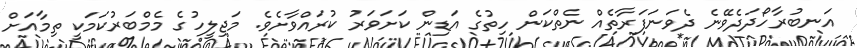
އަނބުރާހޯދަދެވޭނެ ދެވަނަފަރާތެއް ނެތްކަން ހިތުގެ އަޑިން ކަށަވަރު ކުރައްވާށެވެ. މަޖިލީހުގެ މެމްބަރުކަމަކީ ތިމާއަށް